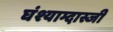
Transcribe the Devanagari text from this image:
घंश्याम्दास्जी